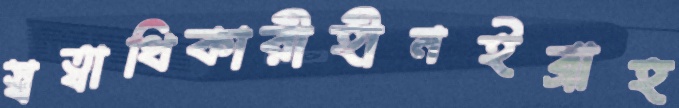
স্বত্বাধিকারীহীনইব্রাহ